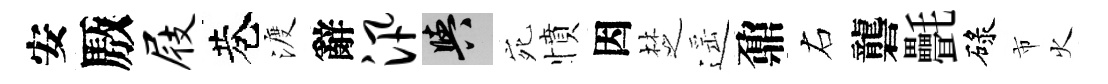
安厫屐巷渡辭汛阳宛憤因椘遥鼐右礱㲲碌市火